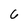
Character: 6